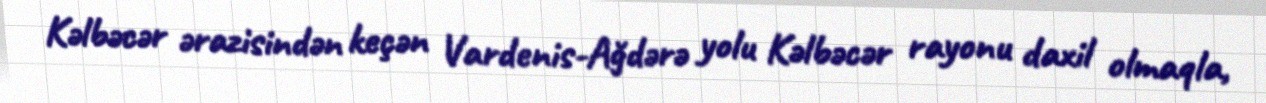
Kəlbəcər ərazisindən keçən Vardenis-Ağdərə yolu Kəlbəcər rayonu daxil olmaqla,